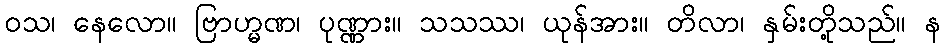
ဝသ၊ နေလော။ ဗြာဟ္မဏ၊ ပုဏ္ဏား။ သသဿ၊ ယုန်အား။ တိလာ၊ နှမ်းတို့သည်။ န